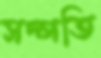
সদ্গতি